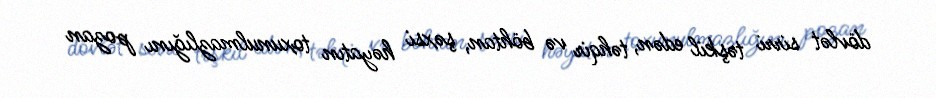
dövlət sirri təşkil edən, təhqir və böhtan, şəxsi həyatın toxunulmazlığını pozan